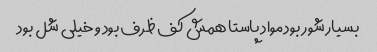
بسیار شور بود مواد پاستا همش کف ظرف بود و خیلی شل بود